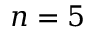
n = 5